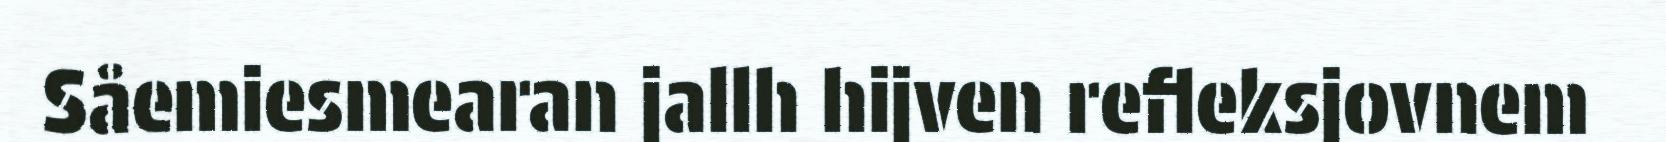
Såemiesmearan jallh hijven refleksjovnem